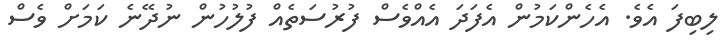
ލިބިފަ އެވެ. އެހެންކަމުން އެފަދަ އެއްވެސް ފުރުސަތެއް ފުލުހުން ނުދޭނެ ކަމަށް ވެސް